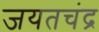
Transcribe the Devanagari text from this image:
जयतचंद्र